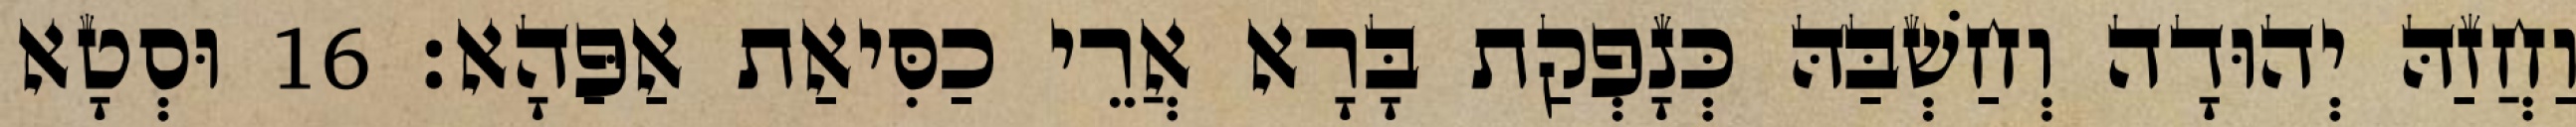
וַחֲזַהּ יְהוּדָה וְחַשְׁבַּהּ כְּנָפְקַת בָּרָא אֲרֵי כַסִּיאַת אַפַּהָא׃ 16 וּסְטָא